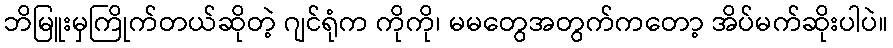
ဘိမြူးမှကြိုက်တယ်ဆိုတဲ့ ဂျင်ရုံက ကိုကို၊ မမတွေအတွက်ကတော့ အိပ်မက်ဆိုးပါပဲ။